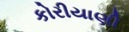
કોરીયાણી